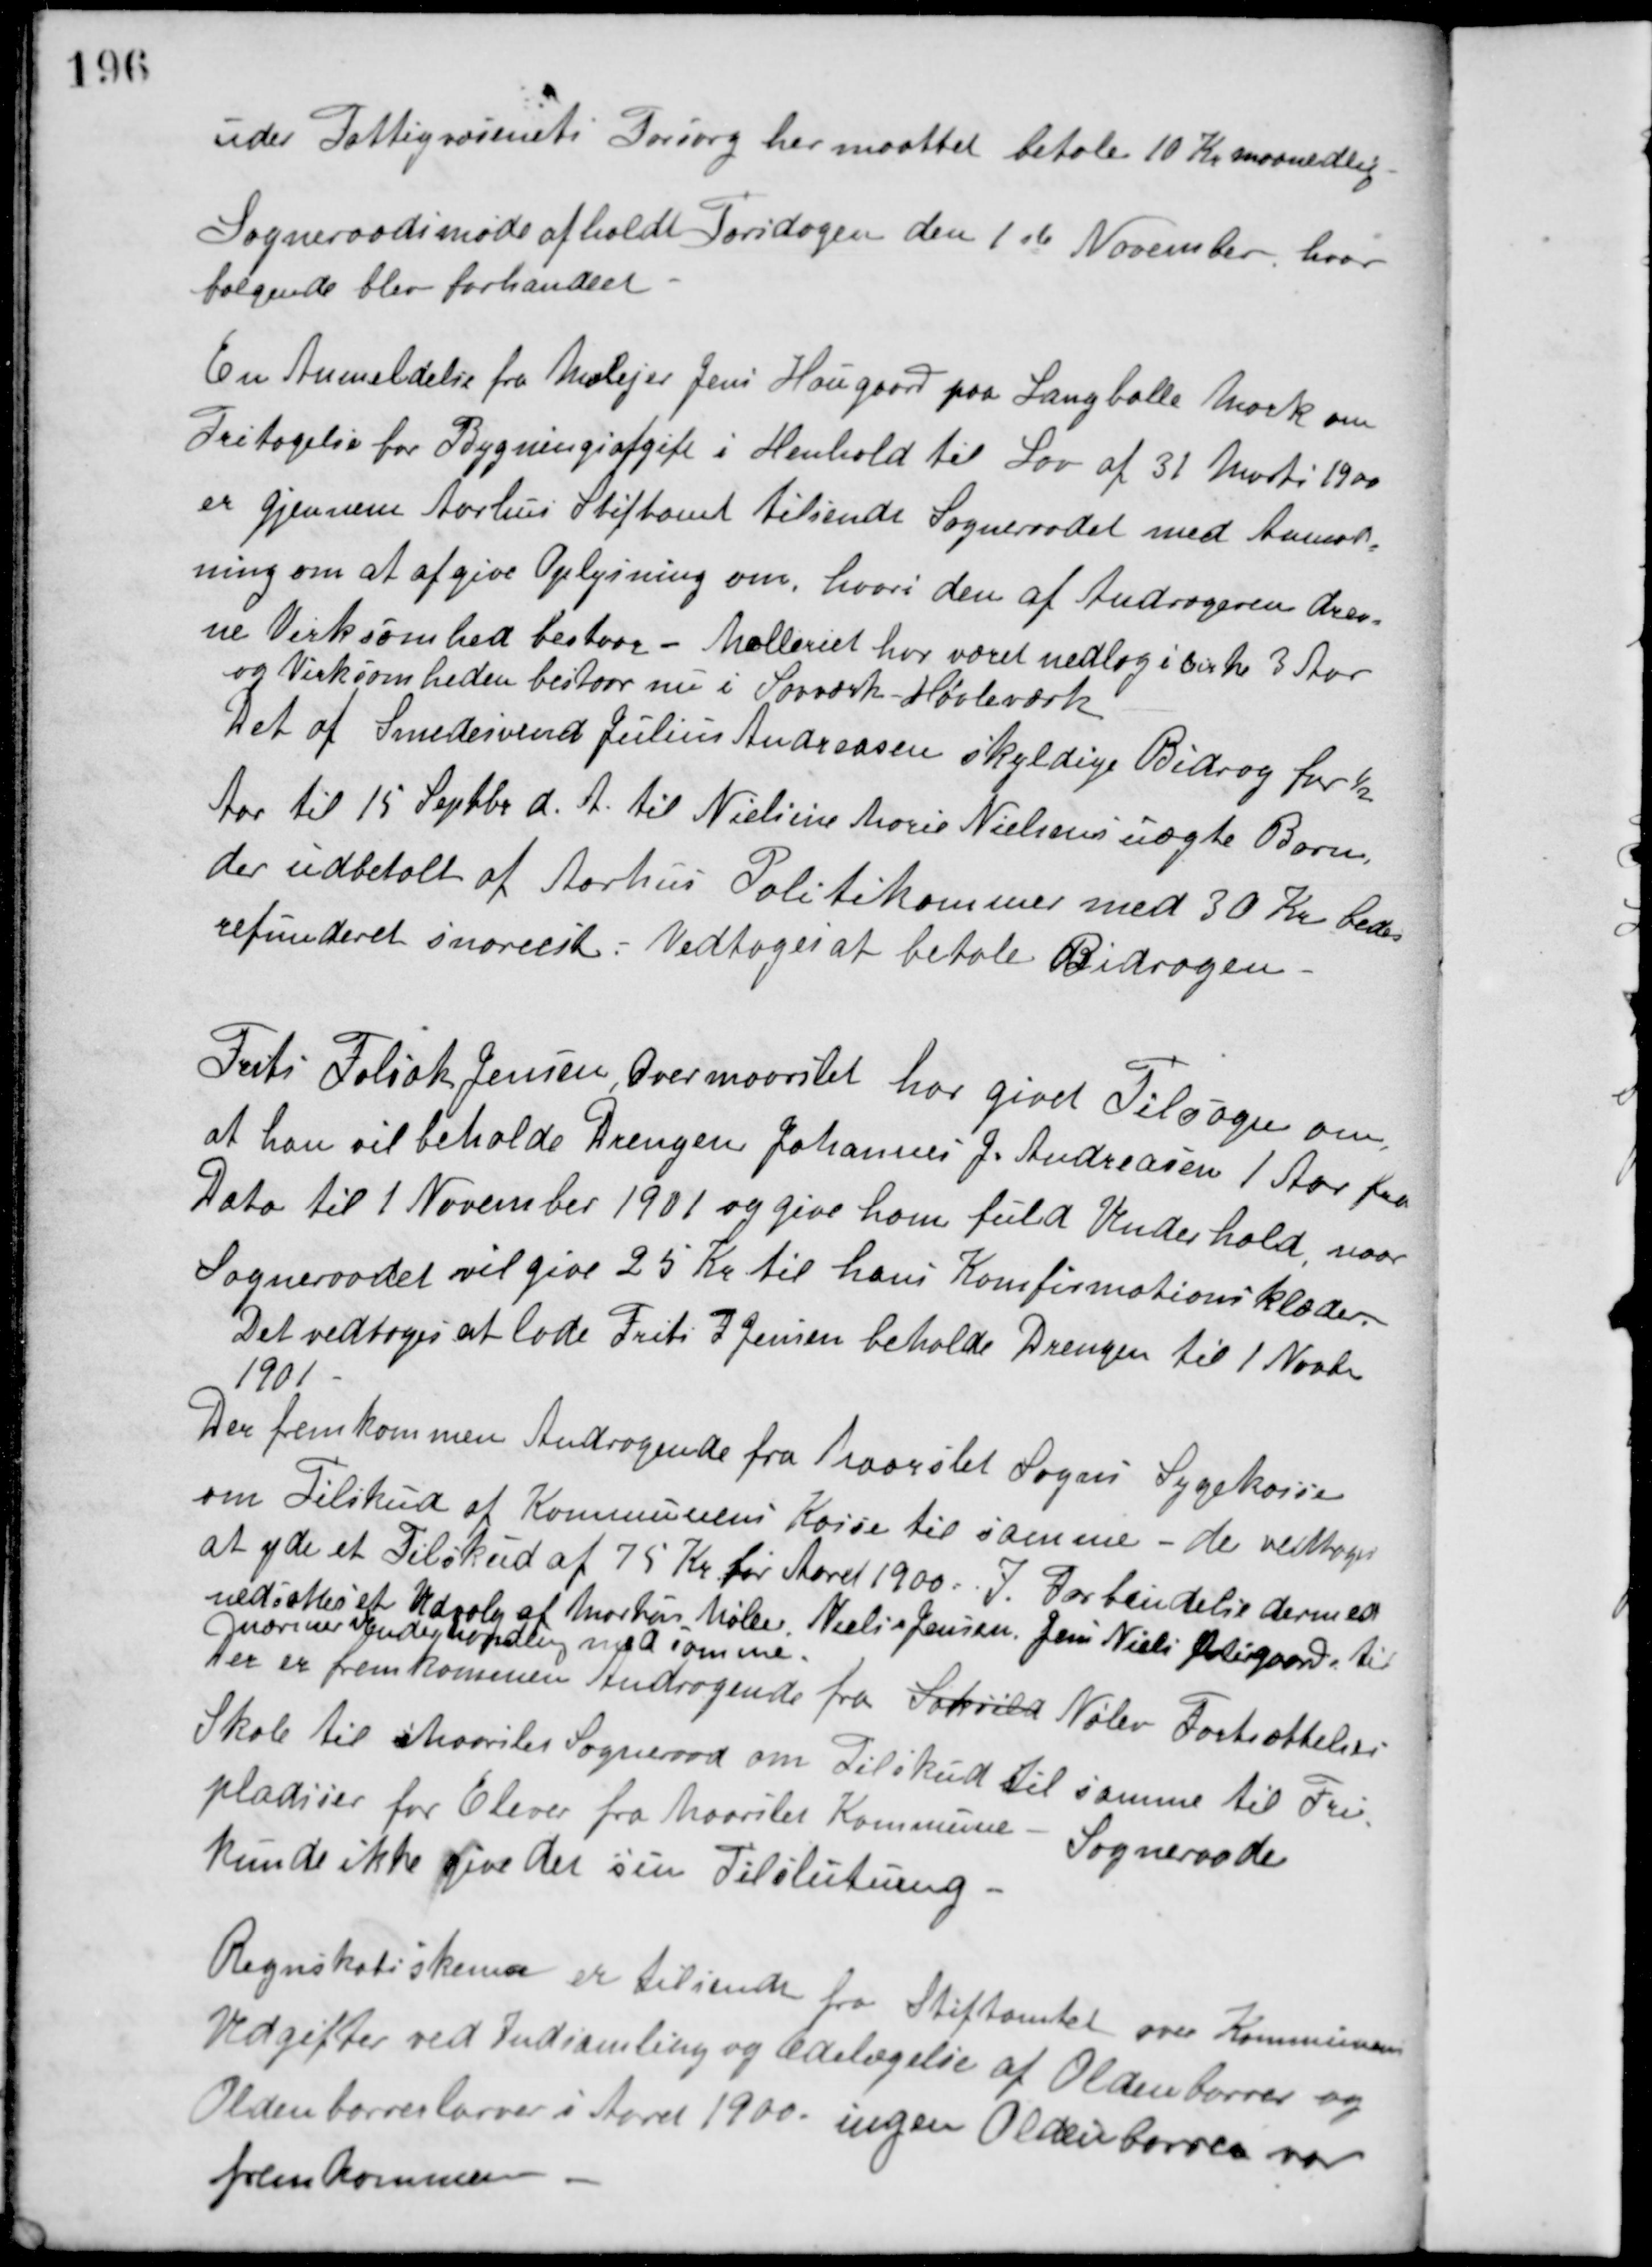
Transskription:
under Fattigvæsenets Forsorg har maattet betale 10 Kr. maanedlig.
Sogneraadsmøde afholdt Torsdagen den 1ste November, hvor
følgende blev forhandlet.
En Anmeldelse fra Mølejer Jens Hougaard paa Langballe Mark om
Fritagelse for Bygningsafgift i Henhold til Lov af 31 Marts 1900
er gjennem Aarhus Stiftamt tilsendt Sogneraadet med Anmod-
ning om at afgive Oplysning om, hvori den af Andrageren drev-
ne Virksomhed bestaar - Mølleriet har været nedlag i cirka 3 Aar
og Virksomheden bestaar nu i Savværk - Høvleværk.
Det af Smedesvend Julius Andreasen skyldige Bidrag for ½
Aar til 15 Septbr. d. A. til Nielsine Marie Nielsens uægte Barn,
der udbetalt af Aarhus Politikammer med 30 Kr. bedes
refunderet snarest. Vedtoges at betale Bidragen.
Frits Foliak Jensen, Overmaarslet har givet Tilsagn om,
at han vil beholde Drengen Johannes J. Andreasen 1 Aar fra
Dato til 1 November 1901 og give ham fuld Underhold, naar
Sogneraadet vil give 25 Kr. til hans Konfirmationsklæder.
Det vedtoges at lade Frits F Jensen beholde Drengen til 1 Novbr.
1901.
Der fremkommen Andragende fra Maarslet Sogns Sygekasse
om Tilskud af Kommunens Kasse til samme - det vedtoges
at yde et Tilskud af 75 Kr. for Aaret 1900. I Forbindelse dermed
nedsættes et Udvalg af Markus Møller, Niels Jensen, Jens Niels Østergaard til
nærmere Anderhandling med samme.
Der er fremkommen Andragende fra Saksild Nølev Fortsættelses
Skole til Maarslet Sogneraad om Tilskud til samme til Fri-
pladser for Elever fra Maarslet Kommune - Sogneraadet
kunde ikke give det sin Tilslutning.
Regnskabsskema er tilsendt fra Stiftamtet over Kommunens
Udgifter ved Indsamling og Ødelægelse af Oldenborrer og
Oldenborreslarver i Aaret 1900. ingen Oldenborren var
fremkommen.